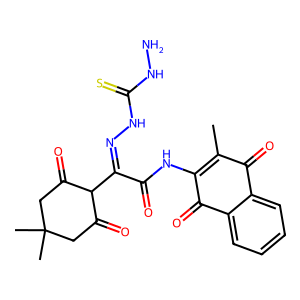
SMILES: CC1=C(NC(=O)C(=NNC(=S)NN)C2C(=O)CC(C)(C)CC2=O)C(=O)c2ccccc2C1=O
Inhibits HIV replication: No